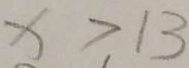
x > 1 3